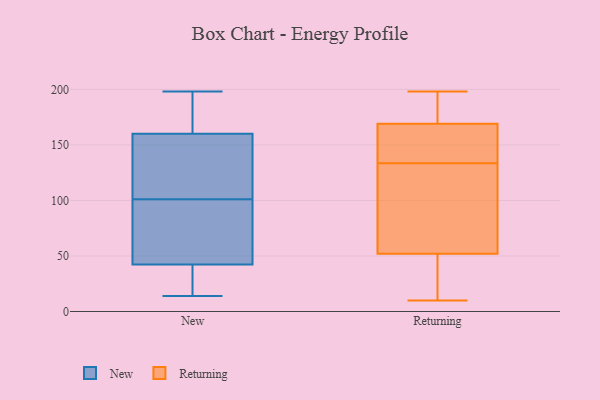
{"axis": {"x": "Conversion Rate (%)", "y": "Value"}, "legend": ["New", "Returning"], "data": [{"x": "", "y": 114, "type": "New"}, {"x": "", "y": 161, "type": "New"}, {"x": "", "y": 14, "type": "New"}, {"x": "", "y": 198, "type": "New"}, {"x": "", "y": 55, "type": "New"}, {"x": "", "y": 21, "type": "New"}, {"x": "", "y": 29, "type": "New"}, {"x": "", "y": 101, "type": "New"}, {"x": "", "y": 42, "type": "New"}, {"x": "", "y": 157, "type": "New"}, {"x": "", "y": 76, "type": "New"}, {"x": "", "y": 179, "type": "New"}, {"x": "", "y": 134, "type": "New"}, {"x": "", "y": 166, "type": "New"}, {"x": "", "y": 86, "type": "New"}, {"x": "", "y": 111, "type": "New"}, {"x": "", "y": 176, "type": "New"}, {"x": "", "y": 43, "type": "New"}, {"x": "", "y": 34, "type": "New"}, {"x": "", "y": 164, "type": "Returning"}, {"x": "", "y": 10, "type": "Returning"}, {"x": "", "y": 52, "type": "Returning"}, {"x": "", "y": 157, "type": "Returning"}, {"x": "", "y": 110, "type": "Returning"}, {"x": "", "y": 184, "type": "Returning"}, {"x": "", "y": 169, "type": "Returning"}, {"x": "", "y": 17, "type": "Returning"}, {"x": "", "y": 61, "type": "Returning"}, {"x": "", "y": 198, "type": "Returning"}]}